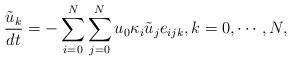
LaTeX: \begin{align*}\frac{\tilde{u}_k}{dt} = -\sum_{i=0}^N\sum_{j=0}^N u_0\kappa_i \tilde{u}_je_{ijk}, k=0,\cdots,N,\end{align*}